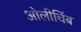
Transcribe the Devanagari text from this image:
ओलीचिंब